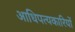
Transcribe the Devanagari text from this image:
आधिपत्यकारियों